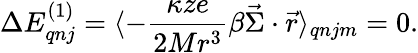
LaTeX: \Delta E_{qnj}^{(1)}=\langle-\frac{\kappa ze}{2Mr^{3}}\beta\vec{\Sigma}\cdot\vec{r}\rangle_{qnjm}=0.